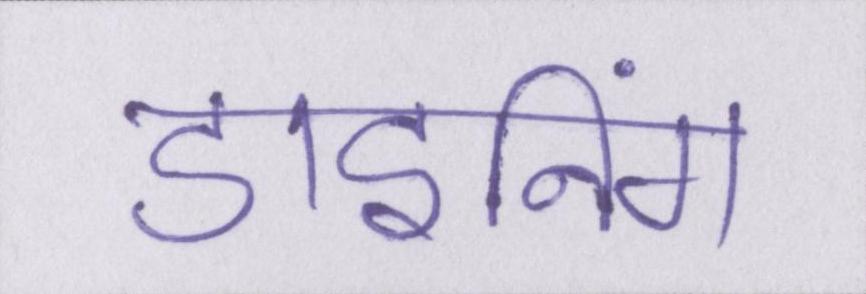
डाइनिंग